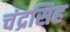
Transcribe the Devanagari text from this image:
चंद्रसिह